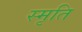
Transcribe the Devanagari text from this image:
स्‍मृति